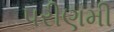
પરીણમી